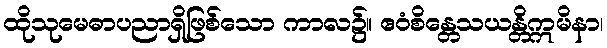
ထိုသုမေဓာပညာရှိဖြစ်သော ကာလ၌။ ဧဝံစိန္တေသယန္တိဣမိနာ၊